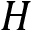
H